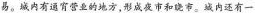
易。城内有通宵营业的地方，形成夜市和晓市。城内还有一